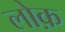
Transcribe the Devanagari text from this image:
लोक़